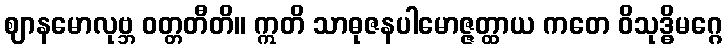
ဈာနမောလုဗ္ဘ ဝတ္တတီတိ။ ဣတိ သာဓုဇနပါမောဇ္ဇတ္ထာယ ကတေ ဝိသုဒ္ဓိမဂ္ဂေ